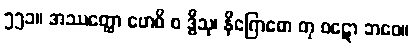
၅၅၁။ အဿတ္ထော ဗောဓိ စ ဒွီသု၊ နိဂြောဓော တု ဝဋော ဘဝေ။